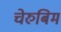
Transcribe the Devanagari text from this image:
चेरुबिम